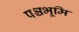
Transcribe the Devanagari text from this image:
पश्चभूमि